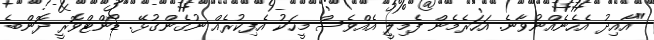
"އާއިދު އެހެނެއްނުވާނެ. އަހަރެމެން ފެމިލީ އެއްވެސް މީހަކު އެފިކުރެއް ނުގެންގުޅޭ. ޑޯންޓްވޮރީ ދޮންބެ